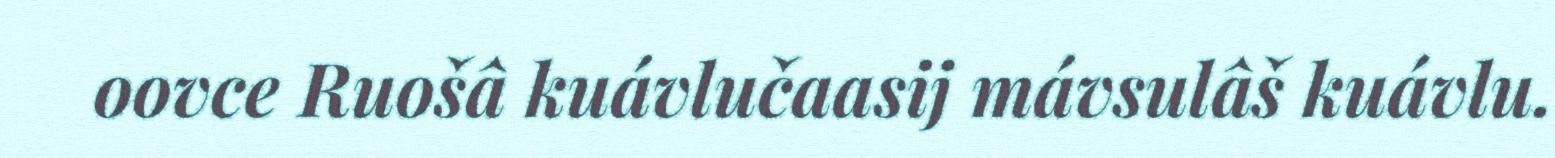
oovce Ruošâ kuávlučaasij mávsulâš kuávlu.